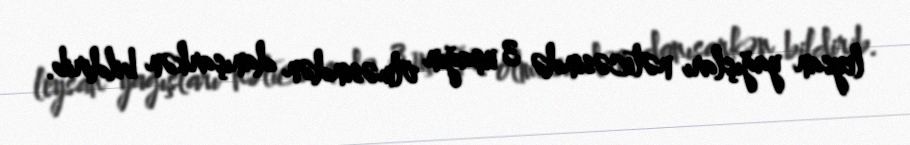
leysan yağışları nəticəsində 3 uşağın ölməsindən danışarkən bildirib.